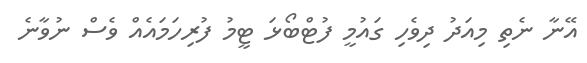
އޭނާ ނެތި މިއަދު ދިވެހި ގައުމީ ފުޓްބޯޅަ ޓީމު ފުރިހަމައެއް ވެސް ނުވާނެ